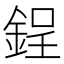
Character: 鋥